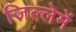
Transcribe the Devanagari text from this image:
जिल्लेमें